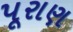
પૂરાણ